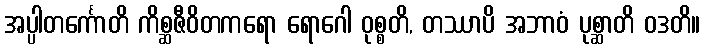
အပ္ပါတင်္ကောတိ ကိစ္ဆဇီဝိတကရော ရောဂေါ ဝုစ္စတိ, တဿာပိ အဘာဝံ ပုစ္ဆာတိ ဝဒတိ။